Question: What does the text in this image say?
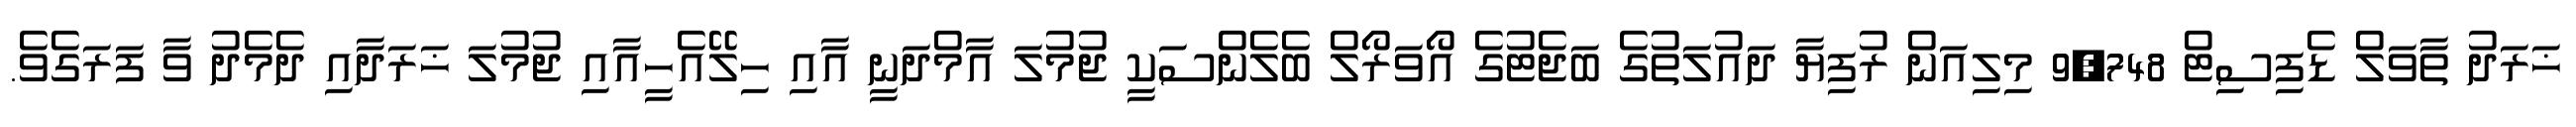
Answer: ޚަރަދު ތާވަލް ޑެފިސިޓް 9,748 މިލިއަން ރުފިޔާ ދައުލަތުގެ ބަޖެޓުގެ އޯވަރޯލް ބެލެންސަކީ ޖުމުލަ އާމްދަނީ އާއި ހިލޭއެހީއާއި ޖުމުލަ ޚަރަދާއި ދެމެދު ވާ ފަރަގެވެ.